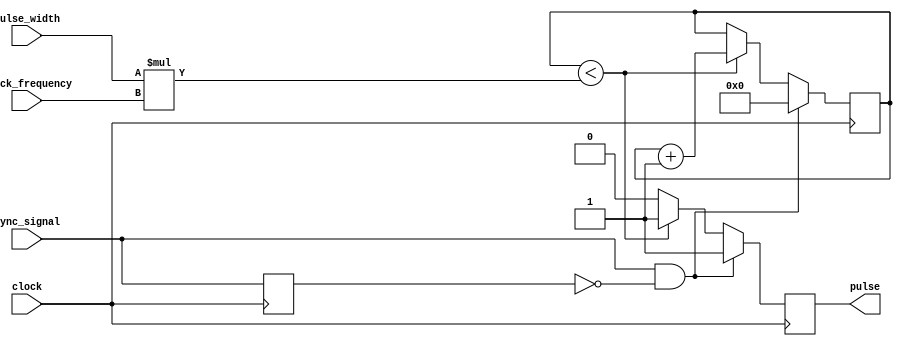
module variable_pulse_width_generator (
    input wire clock, // system clock input
    input wire sync_signal, // synchronization signal input
    input wire [7:0] pulse_width, // pulse width parameter input
    input wire [7:0] clock_frequency, // clock frequency parameter input
    output reg pulse // generated pulse output
);

reg [7:0] counter = 8'h00; // counter for pulse width calculation
reg [7:0] compare_value; // comparator value for pulse width
reg sync_edge; // synchronization edge detection
reg sync_prev; // previous synchronization signal value

always @(posedge clock) begin
    // Synchronize input signals
    sync_edge = sync_signal & ~sync_prev;
    sync_prev = sync_signal;

    // Calculate pulse width based on parameters
    compare_value = pulse_width * clock_frequency;

    // Generate pulse signal
    if (sync_edge) begin
        counter <= 8'h00; // reset counter on synchronization edge
        pulse <= 1'b1; // set pulse signal high
    end else begin
        if (counter < compare_value) begin
            counter <= counter + 1; // increment counter
            pulse <= 1'b1; // maintain pulse signal high
        end else begin
            pulse <= 1'b0; // set pulse signal low after reaching desired width
        end
    end
end

endmodule